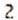
2